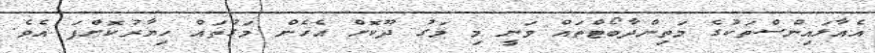
އެއާލައިންސްތަކުގެ މަތިންދާބޯޓްތައް ވަނީ މި މަގު ދޫކޮށް އެހެން މަގުތައް ހިޔާރުކޮށްފަ އެވެ.